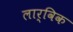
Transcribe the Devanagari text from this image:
लार्विक